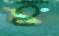
হ